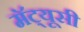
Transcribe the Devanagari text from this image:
मॅट्यूसी